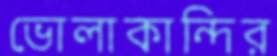
ভোলাকান্দির